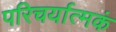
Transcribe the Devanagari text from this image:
परिचर्यात्मकं